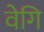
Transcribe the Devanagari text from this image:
वेगि